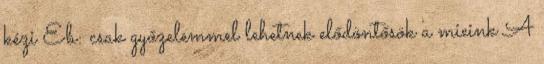
kézi Eb: csak győzelemmel lehetnek elődöntősök a mieink A